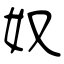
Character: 奴